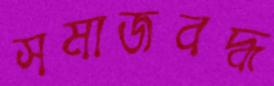
সমাজবদ্ধ